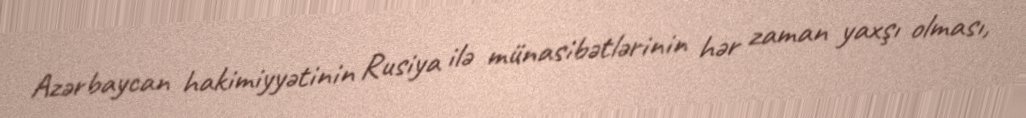
Azərbaycan hakimiyyətinin Rusiya ilə münasibətlərinin hər zaman yaxşı olması,